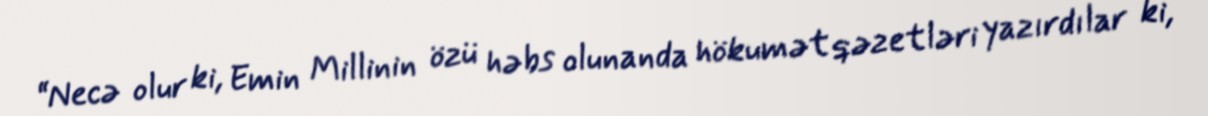
“Necə olur ki, Emin Millinin özü həbs olunanda hökumət qəzetləri yazırdılar ki,